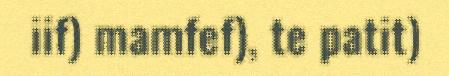
iif) mamfef), te patit)